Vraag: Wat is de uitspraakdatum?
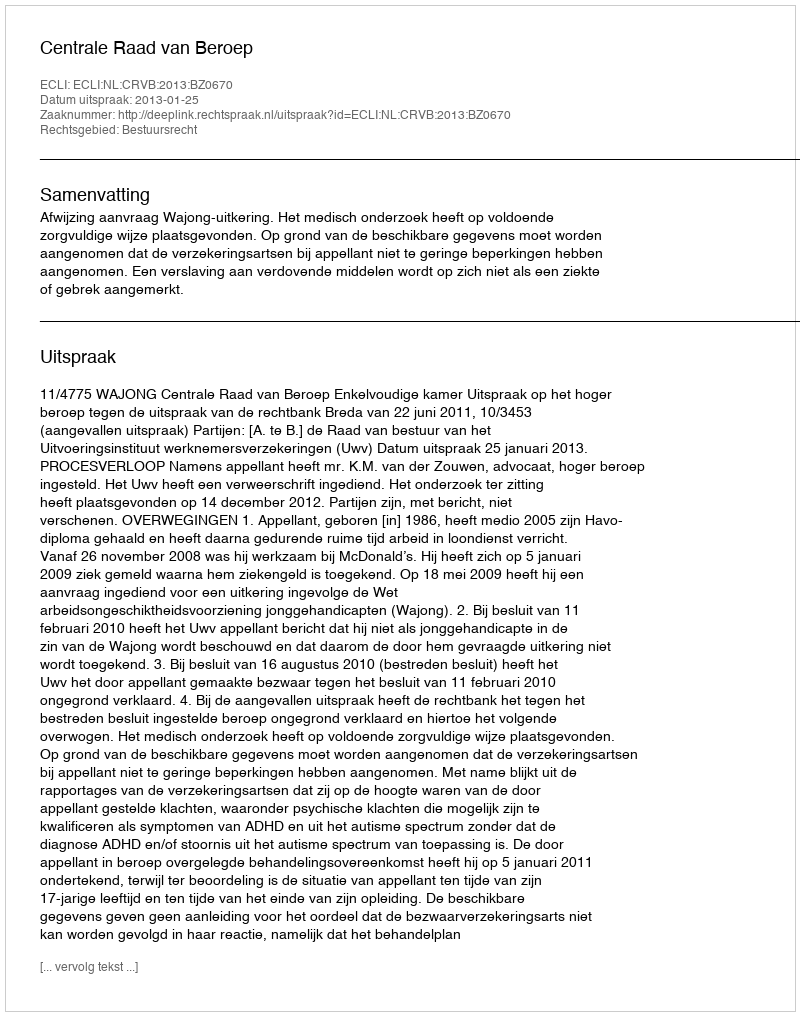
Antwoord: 2013-01-25